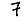
Digit: 7